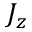
J _ { z }